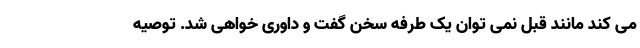
می کند مانند قبل نمی توان یک طرفه سخن گفت و داوری خواهی شد. توصیه